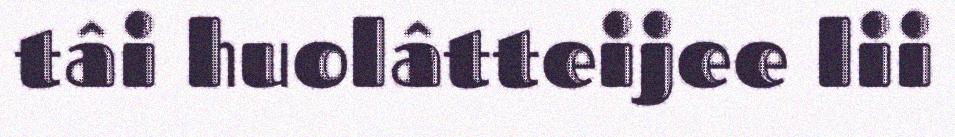
tâi huolâtteijee lii